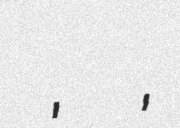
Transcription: カク ミチオ, 加來 道雄,